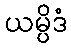
ယမ္ပိဒံ